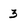
Character: 3